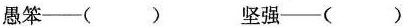
愚笨——() 坚强——()